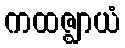
ကထဇ္ဈာယံ